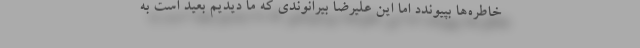
خاطره‌ها بپیوندد اما این علیرضا بیرانوندی که ما دیدیم بعید است به